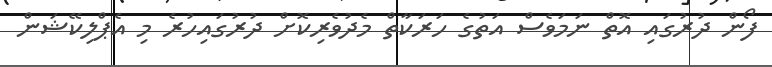
ފޯން ދުރުގައި އޮތް ނަމަވެސް އަތުގެ ހަރަކާތް މެދުވެރިކޮށް ދުރުގައިހުރެ މި އެޕްލިކޭޝަން